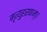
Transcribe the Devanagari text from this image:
मृत्युहरणम्‌।